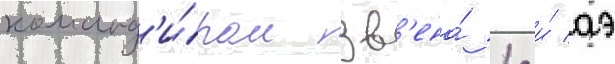
команд'и́ром зв'ена́ 1-и́ аэ